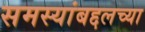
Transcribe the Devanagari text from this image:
समस्यांबद्दलच्या